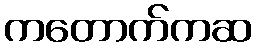
ကတောက်ကဆ